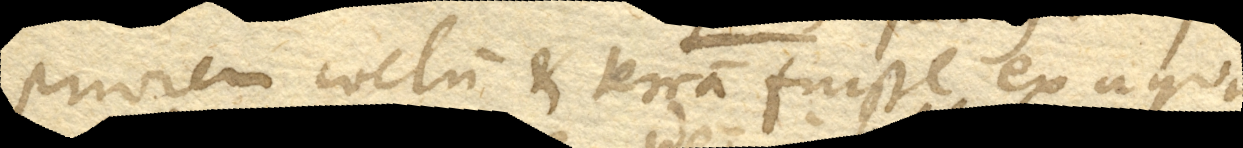
priorem coelum et terram fuisse ex aqua